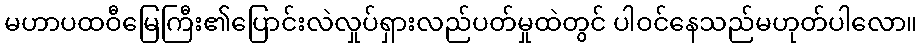
မဟာပထဝီမြေကြီး၏ပြောင်းလဲလှုပ်ရှားလည်ပတ်မှုထဲတွင် ပါဝင်နေသည်မဟုတ်ပါလော။